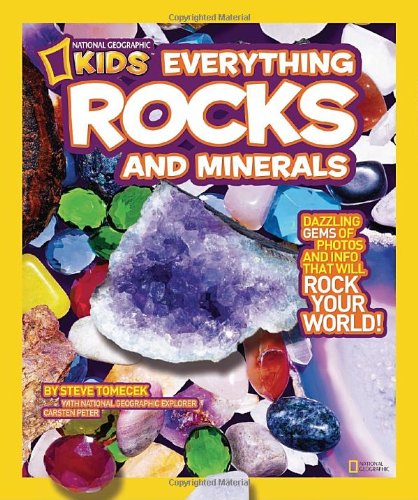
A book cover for National Geographic Kids Everything Rocks and Minerals: Dazzling gems of photos and info that will rock your world; Steve Tomecek; Children's Books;